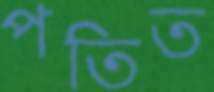
পতিত